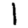
Digit: 1